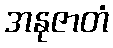
အနုဇာတံ